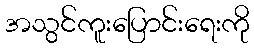
အသွင်ကူးပြောင်းရေးကို